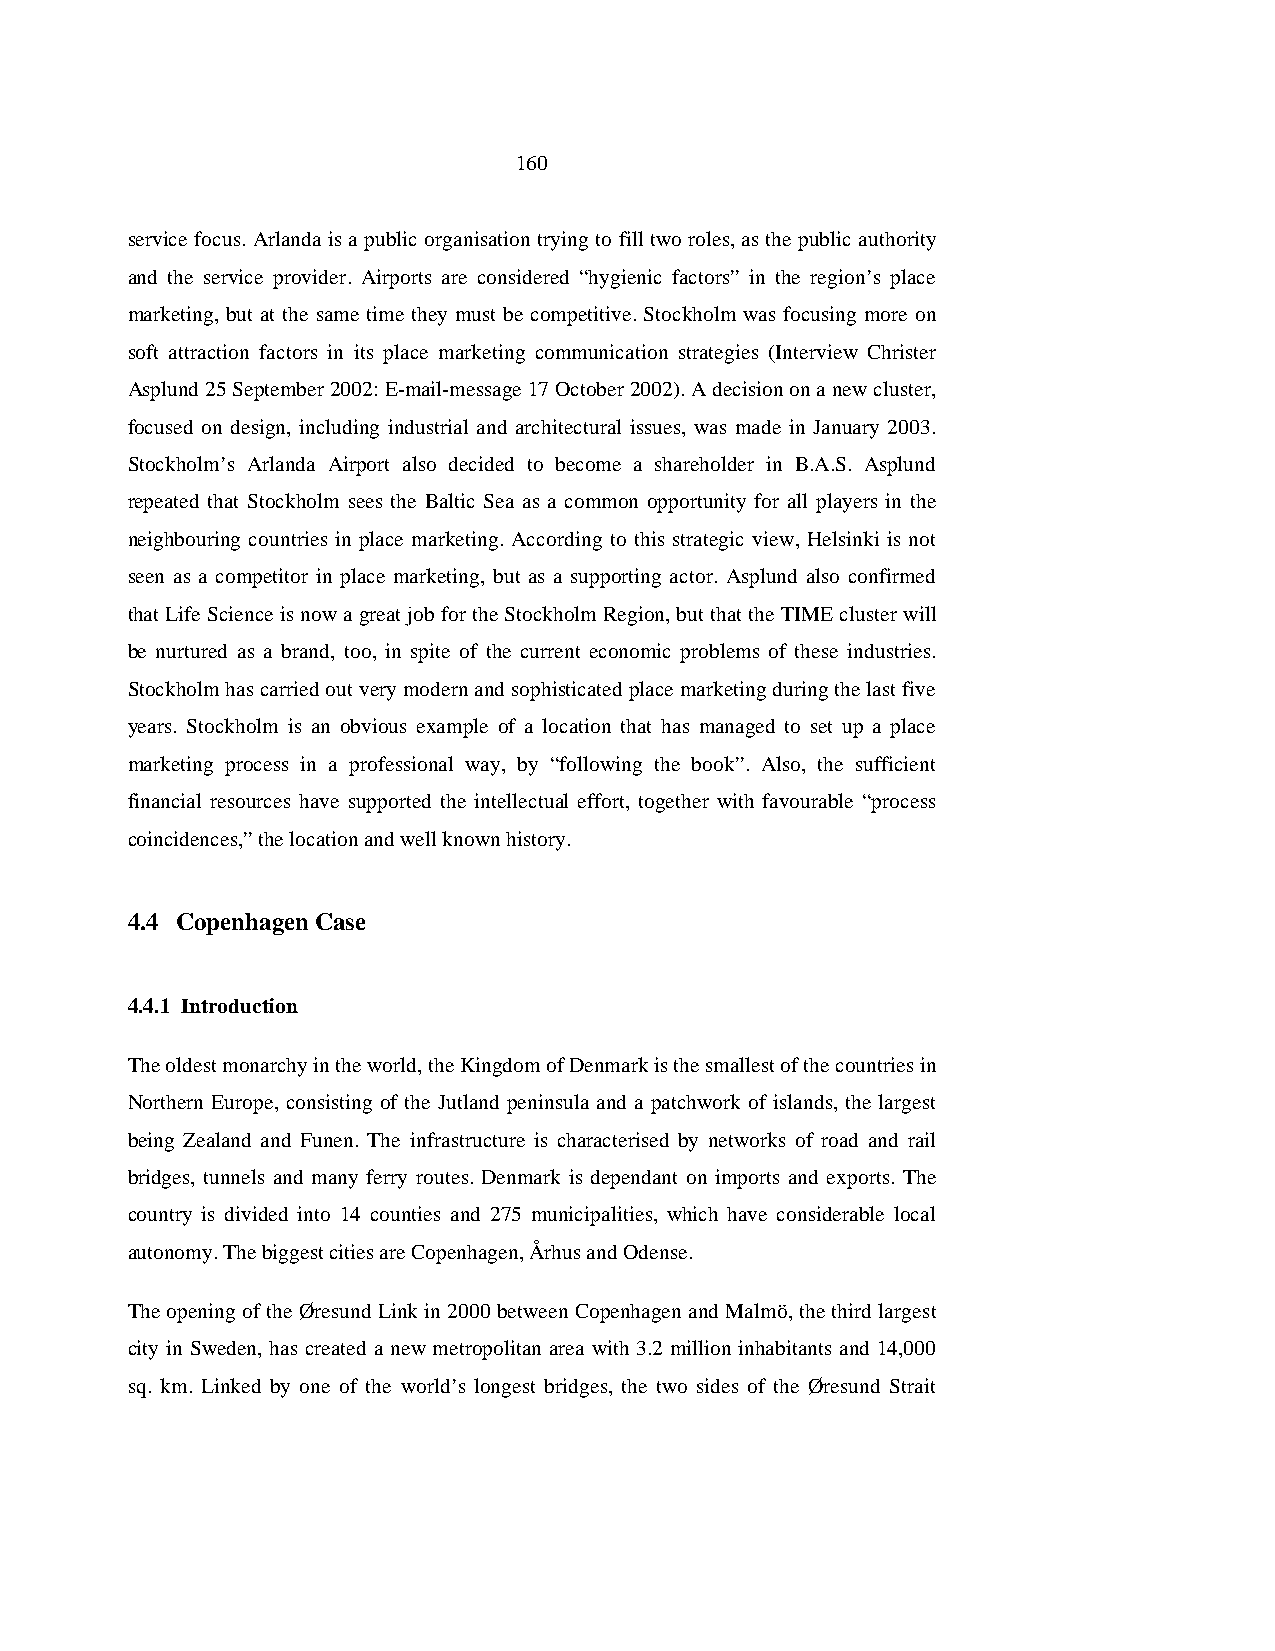
160
 service focus. Arlanda is a public organisation trying to fill two roles, as the public authority
 and the service provider. Airports are considered “hygienic factors” in the region’s place
 marketing, but at the same time they must be competitive. Stockholm was focusing more on
 soft attraction factors in its place marketing communication strategies (Interview Christer
 Asplund 25 September 2002: E-mail-message 17 October 2002). A decision on a new cluster,
 focused on design, including industrial and architectural issues, was made in January 2003.
 Stockholm’s Arlanda Airport also decided to become a shareholder in B.A.S. Asplund
 repeated that Stockholm sees the Baltic Sea as a common opportunity for all players in the
 neighbouring countries in place marketing. According to this strategic view, Helsinki is not
 seen as a competitor in place marketing, but as a supporting actor. Asplund also confirmed
 that Life Science is now a great job for the Stockholm Region, but that the TIME cluster will
 be nurtured as a brand, too, in spite of the current economic problems of these industries.
 Stockholm has carried out very modern and sophisticated place marketing during the last five
 years. Stockholm is an obvious example of a location that has managed to set up a place
 marketing process in a professional way, by “following the book”. Also, the sufficient
 financial resources have supported the intellectual effort, together with favourable “process
 coincidences,” the location and well known history.
 4.4 Copenhagen Case
 4.4.1 Introduction
 The oldest monarchy in the world, the Kingdom of Denmark is the smallest of the countries in
 Northern Europe, consisting of the Jutland peninsula and a patchwork of islands, the largest
 being Zealand and Funen. The infrastructure is characterised by networks of road and rail
 bridges, tunnels and many ferry routes. Denmark is dependant on imports and exports. The
 country is divided into 14 counties and 275 municipalities, which have considerable local
 autonomy. The biggest cities are Copenhagen, Århus and Odense.
 The opening of the Øresund Link in 2000 between Copenhagen and Malmö, the third largest
 city in Sweden, has created a new metropolitan area with 3.2 million inhabitants and 14,000
 sq. km. Linked by one of the world’s longest bridges, the two sides of the Øresund Strait